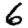
Digit: 6